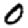
Digit: 0